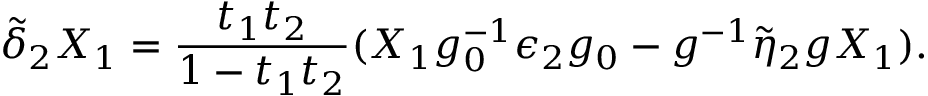
\tilde { \delta } _ { 2 } X _ { 1 } = { \frac { t _ { 1 } t _ { 2 } } { 1 - t _ { 1 } t _ { 2 } } } ( X _ { 1 } g _ { 0 } ^ { - 1 } \epsilon _ { 2 } g _ { 0 } - g ^ { - 1 } \tilde { \eta } _ { 2 } g X _ { 1 } ) .